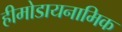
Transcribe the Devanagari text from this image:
हीमोडायनामिक